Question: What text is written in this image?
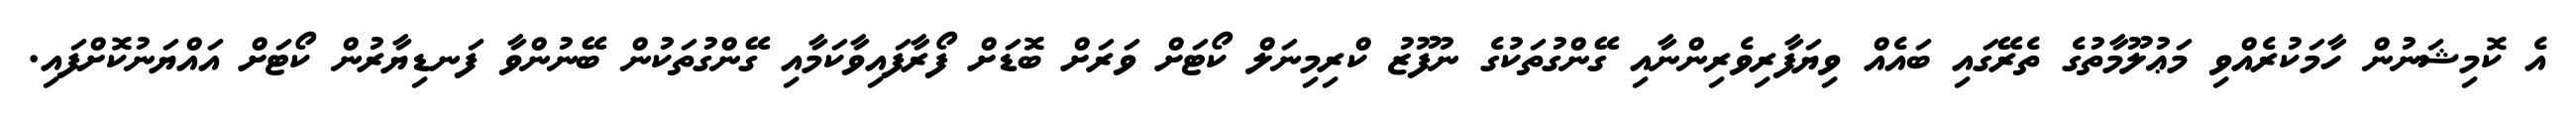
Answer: އެ ކޮމިޝަނުން ހާމަކުރެއްވި މަޢުލޫމާތުގެ ތެރޭގައި ބައެއް ވިޔަފާރިވެރިންނާއި ގޭންގުތަކުގެ ނުފޫޒު ކްރިމިނަލް ކޯޓަށް ވަރަށް ބޮޑަށް ފޯރާފައިވާކަމާއި ގޭންގުތަކުން ބޭނުންވާ ފަނޑިޔާރުން ކޯޓަށް އައްޔަނުކޮށްފައި.